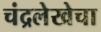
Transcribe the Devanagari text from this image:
चंद्रलेखेचा